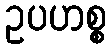
ဥပဟစ္စ